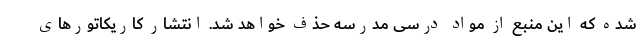
شده که این منبع از مواد درسی مدرسه حذف خواهد شد. انتشار کاریکاتورهای